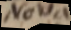
Nova